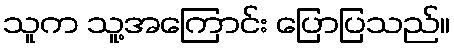
သူက သူ့အကြောင်း ပြောပြသည်။